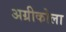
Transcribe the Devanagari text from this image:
अग्रीकोला